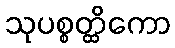
သုပစ္စတ္ထိကော